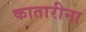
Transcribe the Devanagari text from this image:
कातारीना